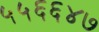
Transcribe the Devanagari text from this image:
५५६६४७